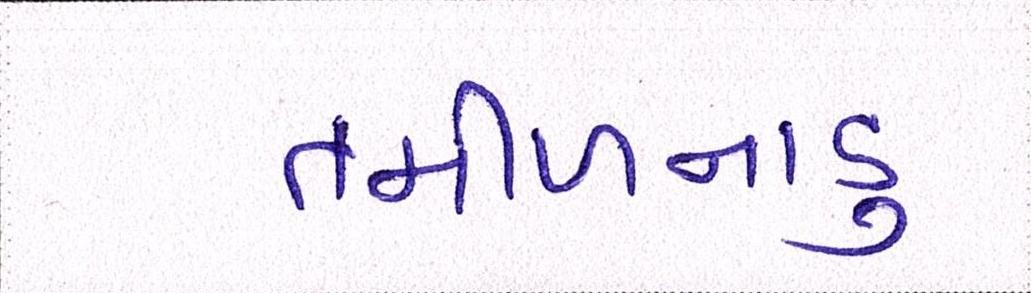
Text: તમીળનાડુ